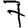
Digit: 7